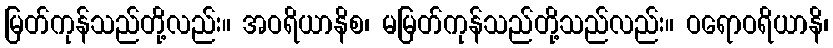
မြတ်ကုန်သည်တို့လည်း။ အဝရိယာနိစ၊ မမြတ်ကုန်သည်တို့သည်လည်း။ ဝရောဝရိယာနိ၊